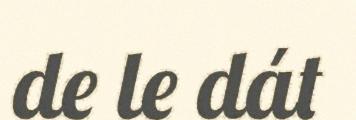
de le dát